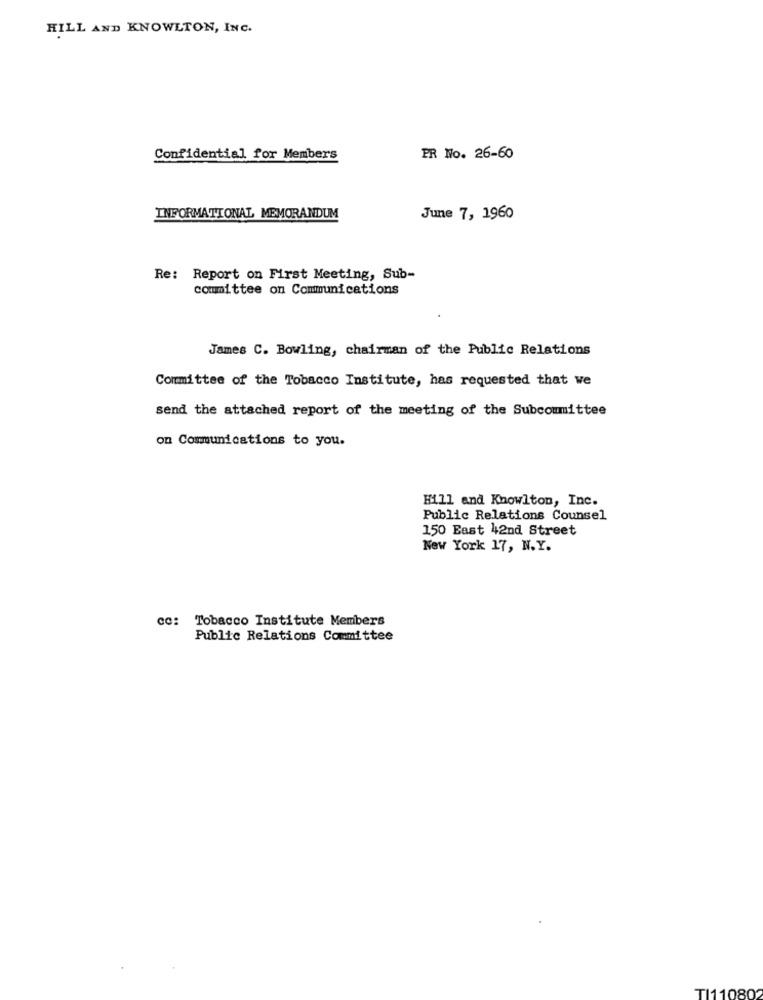
HILL AND KNOWLTON, INC.
Confidential for Members
PR No. 26-60
INFORMATIONAL MEMORANDUM
June 7, 1960
Re: Report on First Meeting, Sub-
committee on Communications
James C. Bowling, chairman of the Public Relations
Committee of the Tobacco Institute, has requested that we
send the attached report of the meeting of the Subcommittee
on Communications to you.
Hill and Knowlton, Inc.
Public Relations Counsel
150 East 42nd Street
New York 17, N.Y.
cc: Tobacco Institute Members
Public Relations Committee
TI110802